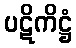
ပဋိကိဋ္ဌံ